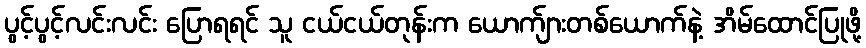
ပွင့်ပွင့်လင်းလင်း ပြောရရင် သူ ငယ်ငယ်တုန်းက ယောက်ျားတစ်ယောက်နဲ့ အိမ်ထောင်ပြုဖို့